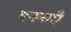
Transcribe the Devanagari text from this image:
गननाएँ